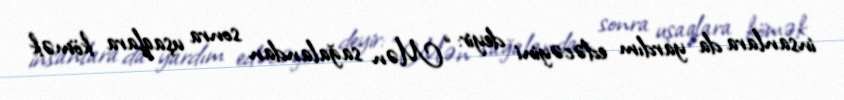
insanlara da yardım edəcəyini deyir: “Mən sağalandan sonra uşaqlara kömək